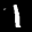
Label: 1